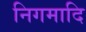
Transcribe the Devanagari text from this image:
निगमादि